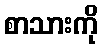
စာသားကို